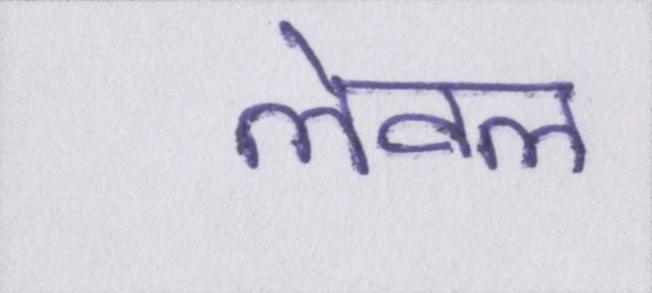
लेवल